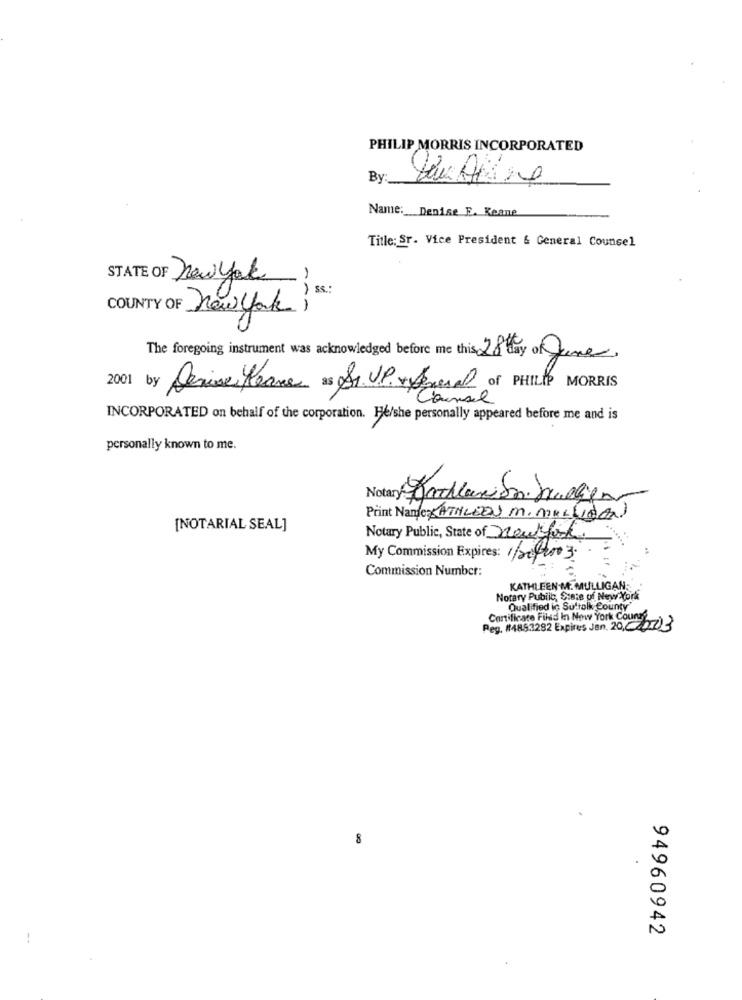
PHILIP MORRIS INCORPORATED
By
Name: Denise E. Keane
Title: Sr. Vice President & General Counsel
STATE OF newyork!
) 3.
COUNTY OF new york)
The foregoing instrument was acknowledged before me this 28 day of June
2001
by Denise Heare as Sr. V.P. + Several of PHILIP MORRIS
Counsel
INCORPORATED on behalf of the corporation. He/she personally appeared before me and is
personally known to me.
Print Name: KATHLEEN M. MALLIDON
[NOTARIAL SEAL]
Notary Public, State of newyork
My Commission Expires: 1/20/2003.
Commission Number:
KATHLEEN M. MULLIGAN;
Notary Public, State of New York
Qualified ic Suffolk County'
Certificate Filid In New York County
Reg. #4853282 Expires Jan. 20,0 073
8
94960942